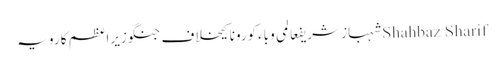
Shahbaz Sharifشہباز شریفعالمی وباءکورونا کیخلاف جنگوزیراعظم کا رویہ